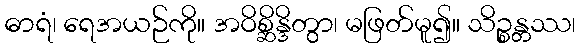
ဓာရံ၊ ရေအယဉ်ကို။ အဝိစ္ဆိန္ဒိတွာ၊ မဖြတ်မူ၍။ သိဉ္စန္တဿ၊